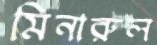
মিনারুল